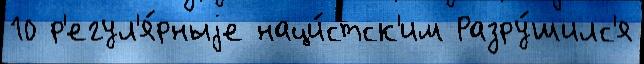
10 р'егул'я́рныjе наци́стск'им Разру́шилс'я